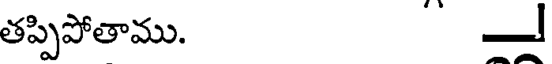
తప్పిపోతాము.